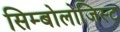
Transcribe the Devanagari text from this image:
सिम्बोलोजिस्ट